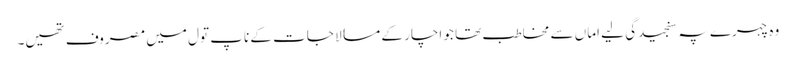
وہ چہرے پہ سنجیدگی لیے اماں سے مخاطب تھا جو اچار کے مسالا جات کے ناپ تول میں مصروف تھیں۔